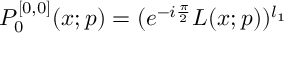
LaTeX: P _ { 0 } ^ { [ 0 , 0 ] } ( x ; p ) = ( e ^ { - i \frac { \pi } { 2 } } L ( x ; p ) ) ^ { l _ { 1 } }